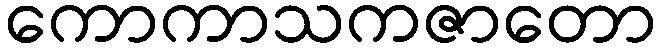
ကောကာသကဇာတော